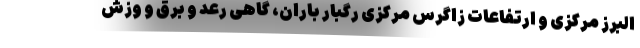
البرز مرکزی و ارتفاعات زاگرس مرکزی رگبار باران، گاهی رعد و برق و وزش